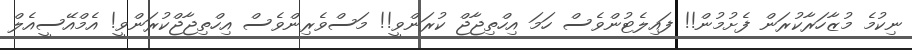
ނިކުމެ މުޒާހަރާކުރަން ފެށުމުން!! ފައިލެޓުންވެސް ހަމަ އިހްތިޖާޖް ކުރަންވީ!! މަސްވެރިންވެސް އިހްތިޖާޖްކުރަންވީ! އެމްއޭސީއެލް